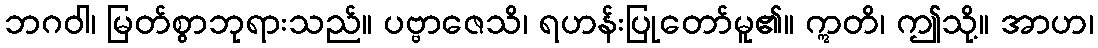
ဘဂဝါ၊ မြတ်စွာဘုရားသည်။ ပဗ္ဗာဇေသိ၊ ရဟန်းပြုတော်မူ၏။ ဣတိ၊ ဤသို့။ အာဟ၊